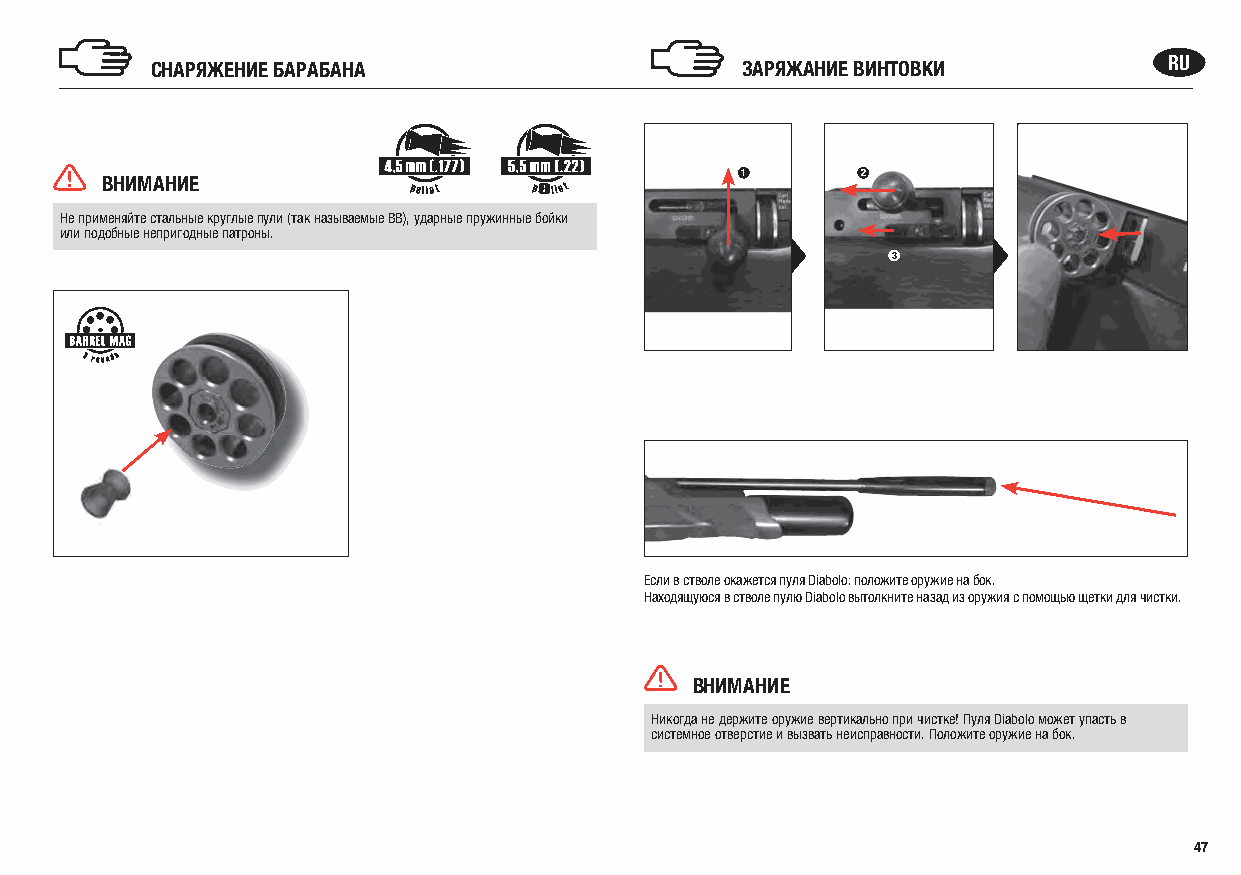
СНАРЯЖЕНИЕ БАРАБАНА                    ЗАРЯЖАНИЕ ВИНТОВКИ          RU
 ВНИМАНИЕ                                  1       2
 p       p
 Не применяйте стальные круглые пули (так называемые BB), ударные пружинные бойки
 или подобные непригодные патроны.
 3
 Если в стволе окажется пуля Diabolo: положите оружие на бок.
 Находящуюся в стволе пулю Diabolo вытолкните назад из оружия с помощью щетки для чистки.
 ВНИМАНИЕ
 Никогда не держите оружие вертикально при чистке! Пуля Diabolo может упасть в
 системное отверстие и вызвать неисправности. Положите оружие на бок.
 47